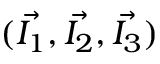
( \vec { I _ { 1 } } , \vec { I _ { 2 } } , \vec { I _ { 3 } } )